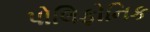
પોલિફોનિક